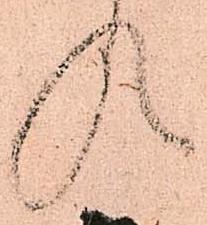
候